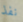
نفذ